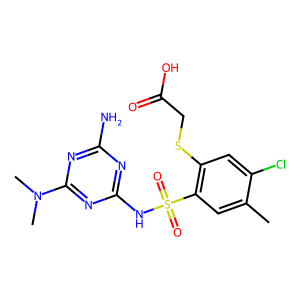
SMILES: Cc1cc(S(=O)(=O)Nc2nc(N)nc(N(C)C)n2)c(SCC(=O)O)cc1Cl
Inhibits HIV replication: No